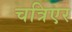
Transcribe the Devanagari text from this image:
चत्रिएर